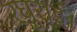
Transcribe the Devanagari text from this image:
रघुराई।